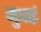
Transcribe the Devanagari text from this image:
मुधाई